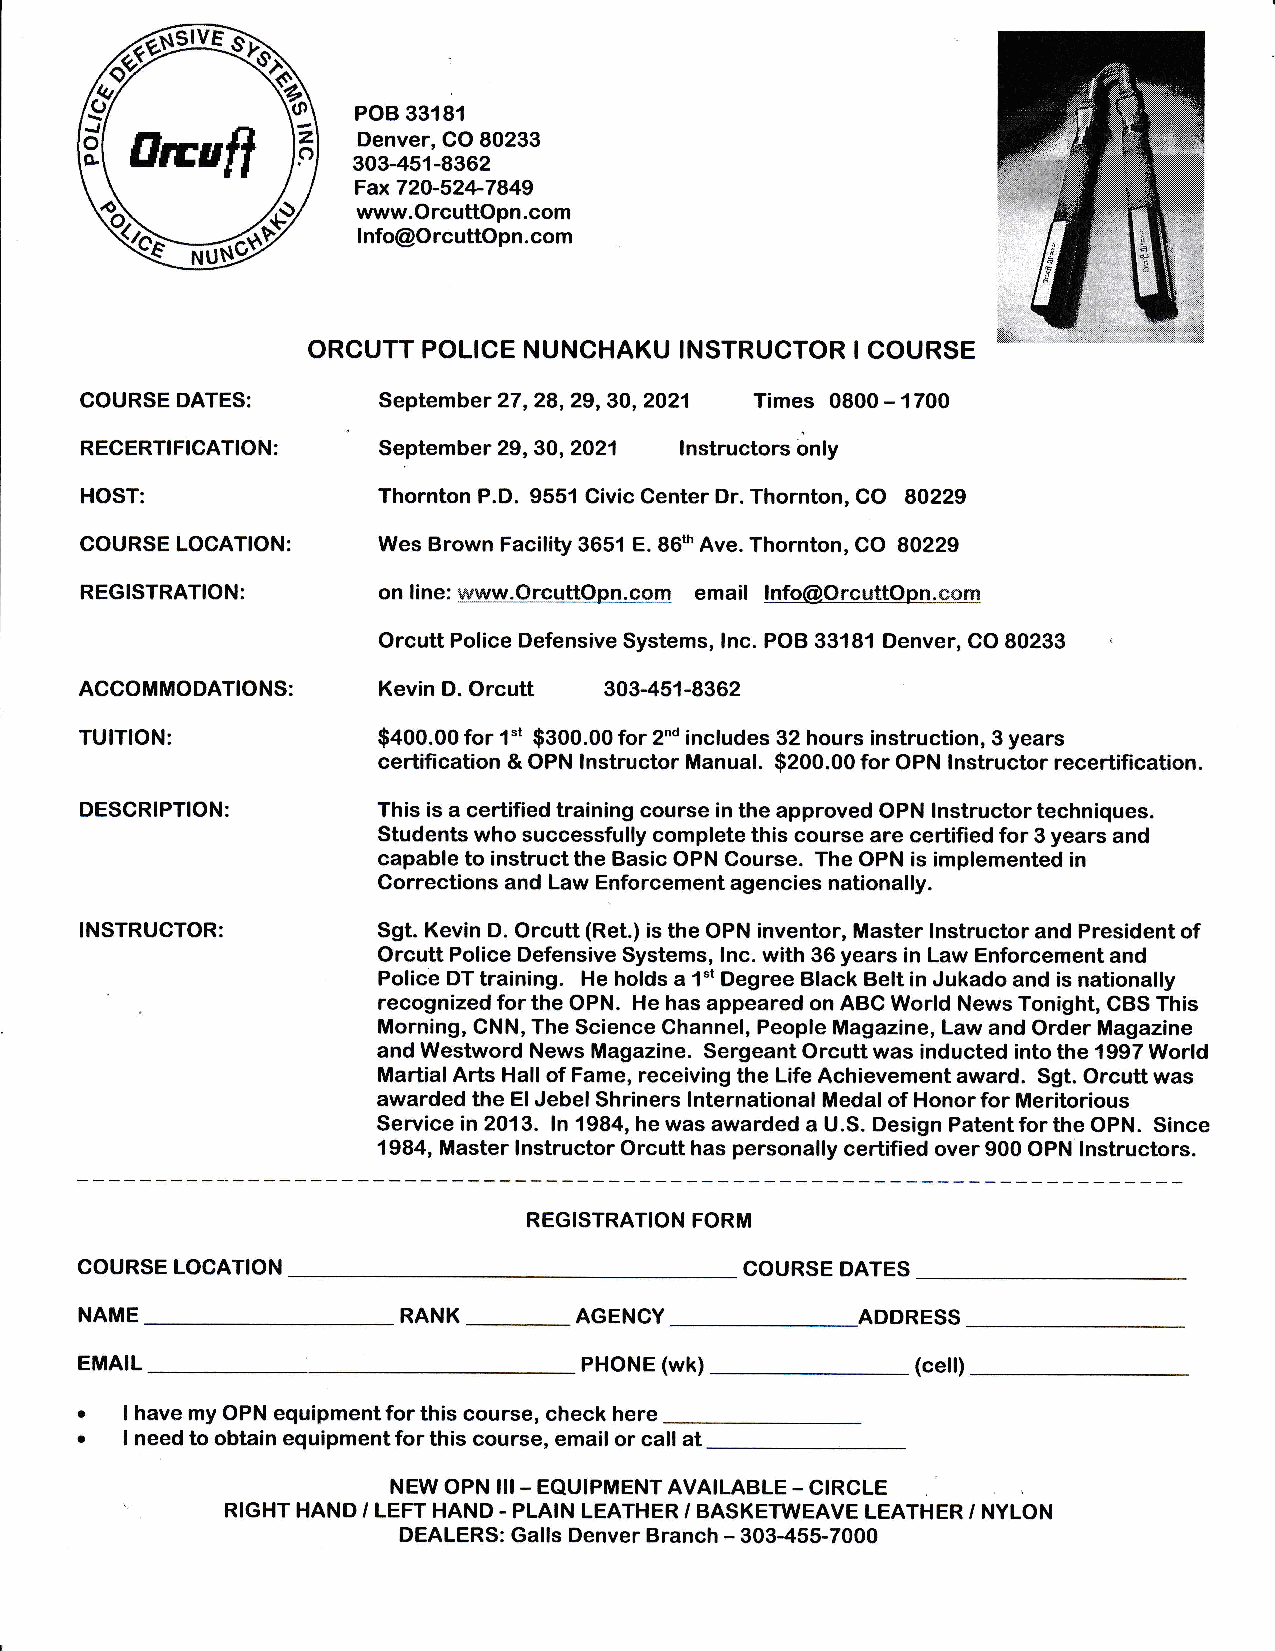
6euSf
 POB 33181
 trrruf|        Denver, CO 80233
 303-451-8362
 Fax720-52+7849
 www.OrcuttOpn.com
 lnfo@OrcuttOpn.com
 \*
 ORCUTT  POLICE NUNCHAKU  INSTRUCTOR  I COURSE
 COURSE DATES:       September 27, 28, 29, 30, 2021 Times 0800 - 1700
 29,gO,2021
 RECERTIFICATION:    September           tnstructorsonly
 HOST:               Thornton P.D. 9551 Civic Center Dr. Thornton, CO 80229
 COURSE LOCATION:    Wes Brown Facility 3651 E. 86th Ave. Thornton, CO 80229
 REGISTRATION:       on line: www.Orcutt0pn.qgru email lnfo@Orcutt0pn.com
 Orcutt Police Defensive Systems, lnc. POB 33181 Denver, CO 80233
 Orcutt
 ACCOMMODATIONS:     Kevin D.       303-451-8362
 TUITION:            $400.00 for 1"t $300.00 for 2d includes 32 hours instruction, 3 years
 certification & OPN lnstructor Manual. $200.00 for OPN lnstructor recertification.
 DESCRIPTION:        This is a certified training course in the approved OPN lnstructor techniques.
 Students who successfully complete this course are certified for 3 years and
 capable to instruct the Basic OPN Course. The OPN is implemented in
 Corrections and Law Enforcement agencies nationally.
 INSTRUCTOR:         Sgt. Kevin D. Orcutt (Ret.) is the OPN inventor, Master lnstructor and President of
 Orcutt Police Defensive Systems, lnc. with 36 years in Law Enforcement and
 Police DT training. He holds a 1"t Degree Black Belt in Jukado and is nationally
 recognized for the OPN. He has appeared on ABC World News Tonight, CBS This
 Morning, CNN, The Science Channel, People Magazine, Law and Order Magazine
 and Westword News Magazine. Sergeant Orcutt was inducted into the 1997 World
 Martia! Arts Hal! of Fame, receiving the Life Achievement award. Sgt. Orcutt was
 awarded the El Jebel Shriners lnternational Medal of Honor for Meritorious
 Service in 2013. ln 1984, he was awarded a U.S. Design Patent for the OPN. Since
 1984, Master lnstructor Orcutt has personally certified over 900 OPN lnstructors.
 REGISTRATION FORM
 COURSE LOCATION                             COURSE DATES
 RANK
 NAME                             AGENCY             ADDRESS
 EMAIL                             PHONE (wk)            (cell)
 a  I have my OPN equipment for this course, check here
 a  I need to obtain equipment for this course, email or call at
 NEW OPN IlI- EQUIPMENT AVAILABLE - CIRCLE
 RIGHT HAND / LEFT HAND - PLAIN LEATHER / BASKETWEAVE LEATHER / NYLON
 DEALERS: Galls Denver Branch - 303-455-7000